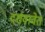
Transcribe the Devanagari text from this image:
दर्शवावेत